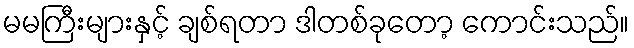
မမကြီးများနှင့် ချစ်ရတာ ဒါတစ်ခုတော့ ကောင်းသည်။